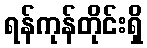
ရန်ကုန်တိုင်းရှိ